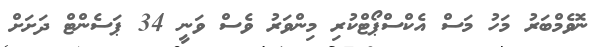
ނޮވެމްބަރު މަހު މަސް އެކްސްޕޯޓްކުރި މިންވަރު ވެސް ވަނީ 34 ޕަސެންޓް ދަށަށް